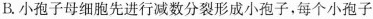
B.小孢子母细胞先进行减数分裂形成小孢子，每个小孢子